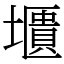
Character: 㙺